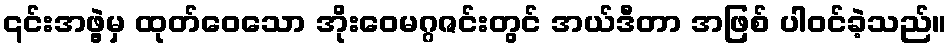
၎င်းအဖွဲ့မှ ထုတ်ဝေသော အိုးဝေမဂ္ဂဇင်းတွင် အယ်ဒီတာ အဖြစ် ပါဝင်ခဲ့သည်။